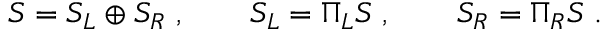
S = S _ { L } \oplus S _ { R } \; , \qquad S _ { L } = \Pi _ { L } S \; , \qquad S _ { R } = \Pi _ { R } S \; .